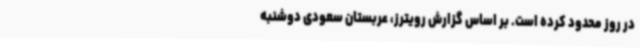
در روز محدود کرده است. بر اساس گزارش رویترز، عربستان سعودی دوشنبه